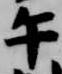
午